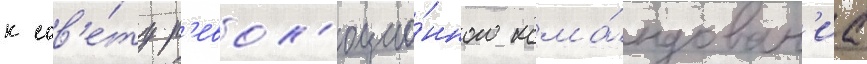
к сов'е́ту р'евол'юцио́нного кома́ндован'иа